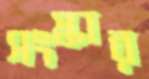
সংস্কার